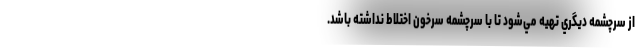
از سرچشمه ديگري تهيه مي‌شود تا با سرچشمه سرخون اختلاط نداشته باشد.